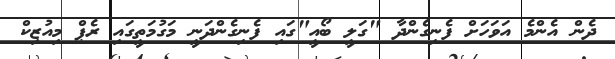
ދެން އެންމެ އަވަހަށް ފެނިގެންދާ "ގަލީ ބޯއީ"ގައި ފެނިގެންދަނީ މަގުމަތީގައި ރެޕް މިއުޒިކް